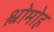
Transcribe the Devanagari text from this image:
श्लोमोह